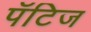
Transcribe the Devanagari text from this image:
पॅटिज